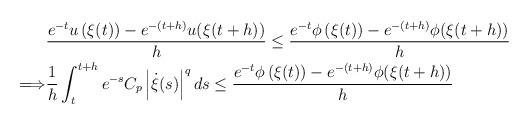
LaTeX: \begin{align*} \begin{aligned} &\frac{e^{-t}u\left(\xi(t)\right)-e^{-(t+h)}u(\xi(t+h))}{h} \leq \frac{e^{-t}\phi\left(\xi(t)\right)-e^{-(t+h)}\phi(\xi(t+h))}{h}\\ \Longrightarrow & \frac{1}{h}\int_t^{t+h}e^{-s}C_p\left|\dot{\xi}(s)\right|^{q} ds \leq \frac{e^{-t}\phi\left(\xi(t)\right)-e^{-(t+h)}\phi(\xi(t+h))}{h} \end{aligned}\end{align*}